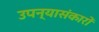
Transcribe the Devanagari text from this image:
उपन्यासंकारों